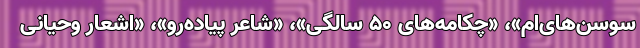
سوسن‌های‌ام»، «چکامه‌های ۵۰ سالگی»، «شاعر پیاده‌رو»، «اشعار وحیانی